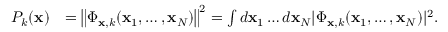
\begin{array} { r l } { P _ { k } ( \mathbf { x } ) } & { = \left\| \Phi _ { \mathbf { x } , k } ( \mathbf { x } _ { 1 } , \ldots , \mathbf { x } _ { N } ) \right\| ^ { 2 } = \int d \mathbf { x } _ { 1 } \ldots d \mathbf { x } _ { N } | \Phi _ { \mathbf { x } , k } ( \mathbf { x } _ { 1 } , \ldots , \mathbf { x } _ { N } ) | ^ { 2 } . } \end{array}